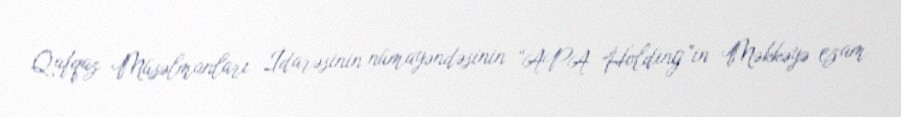
Qafqaz Müsəlmanları İdarəsinin nümayəndəsinin “APA Holding”in Məkkəyə ezam